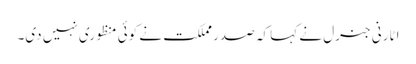
اٹارنی جنرل نے کہا کہ صدر مملکت نے کوئی منظوری نہیں دی۔